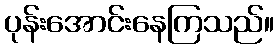
ပုန်းအောင်းနေကြသည်။